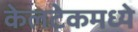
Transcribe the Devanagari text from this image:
केलटेकमध्ये